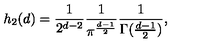
h _ { 2 } ( d ) = \frac { 1 } { 2 ^ { d - 2 } } \frac { 1 } { \pi ^ { \frac { d - 1 } { 2 } } } \frac { 1 } { \Gamma ( \frac { d - 1 } { 2 } ) } ,